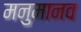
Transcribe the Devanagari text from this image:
मनुमानव